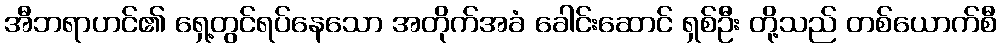
အီဘရာဟင်၏ ရှေ့တွင်ရပ်နေသော အတိုက်အခံ ခေါင်းဆောင် ရှစ်ဦး တို့သည် တစ်ယောက်စီ